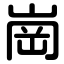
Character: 崗